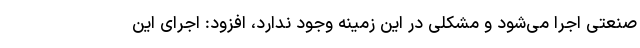
صنعتی اجرا می‌شود و مشکلی در این زمینه وجود ندارد، افزود: اجرای این